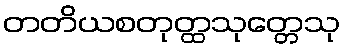
တတိယစတုတ္ထသုတ္တေသု